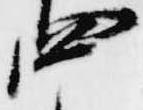
四